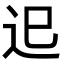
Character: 𨑖